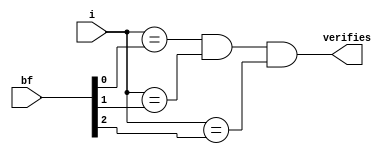
module implicit_branch(i, bf, verifies);

input  [2:0] bf;
input        i;
output       verifies;

assign verifies = (i == bf[0]) && (i == bf[1]) && (i == bf[2]);

endmodule